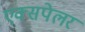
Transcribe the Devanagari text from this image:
एक्सपेलर